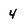
Character: 4